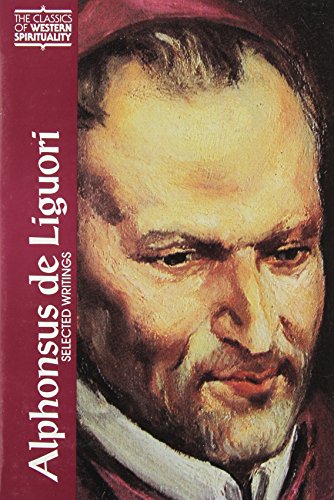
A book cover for Alphonsus De Liguori: Selected Writings (Classics of Western Spirituality); Alfonso Maria de' Liguori; Christian Books & Bibles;